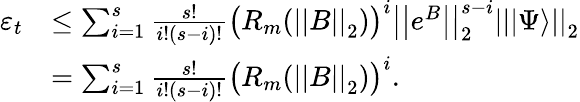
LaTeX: \begin{array}{rl}{\varepsilon_{t}}&{\leq\sum_{i=1}^{s}\frac{s!}{i!(s-i)!}\big(R_{m}(\left|\left|B\right|\right|_{2})\big)^{i}\left|\left|e^{B}\right|\right|_{2}^{s-i}\left|\left||\Psi\rangle\right|\right|_{2}}\\ &{=\sum_{i=1}^{s}\frac{s!}{i!(s-i)!}\big(R_{m}(\left|\left|B\right|\right|_{2})\big)^{i}.}\end{array}